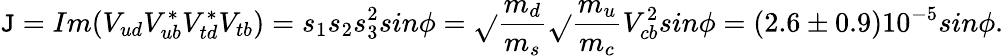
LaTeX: \mathtt{J}=Im(V_{ud}V_{ub}^{*}V_{td}^{*}V_{tb})=s_{1}s_{2}s_{3}^{2}sin\phi=\sqrt{}{{\frac{{m_{d}}}{{m_{s}}}}}\sqrt{}{{\frac{{m_{u}}}{{m_{c}}}}}V_{cb}^{2}sin\phi=(2.6\pm0.9)10^{-5}sin\phi.